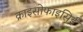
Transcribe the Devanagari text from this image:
क्राइसोफाइसिई